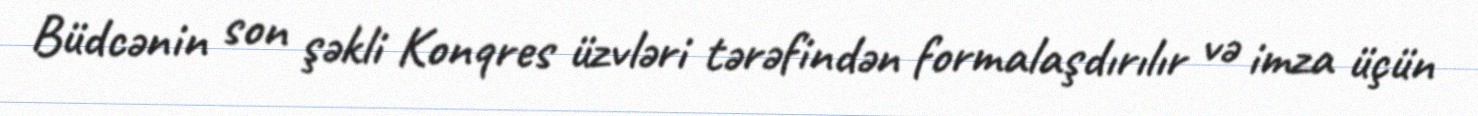
Büdcənin son şəkli Konqres üzvləri tərəfindən formalaşdırılır və imza üçün